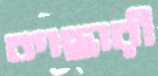
কাছারী